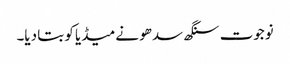
نوجوت سنگھ سدھو نے میڈیا کو بتا دیا۔